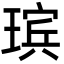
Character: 瑸